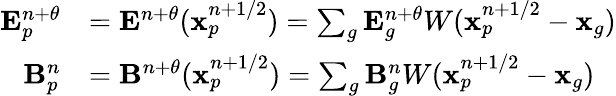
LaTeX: \begin{array}{rl}{\mathbf{E}_{p}^{n+\theta}}&{=\mathbf{E}^{n+\theta}(\mathbf{x}_{p}^{n+1/2})=\sum_{g}\mathbf{E}_{g}^{n+\theta}W(\mathbf{x}_{p}^{n+1/2}-\mathbf{x}_{g})}\\ {\mathbf{B}_{p}^{n}}&{=\mathbf{B}^{n+\theta}(\mathbf{x}_{p}^{n+1/2})=\sum_{g}\mathbf{B}_{g}^{n}W(\mathbf{x}_{p}^{n+1/2}-\mathbf{x}_{g})}\end{array}